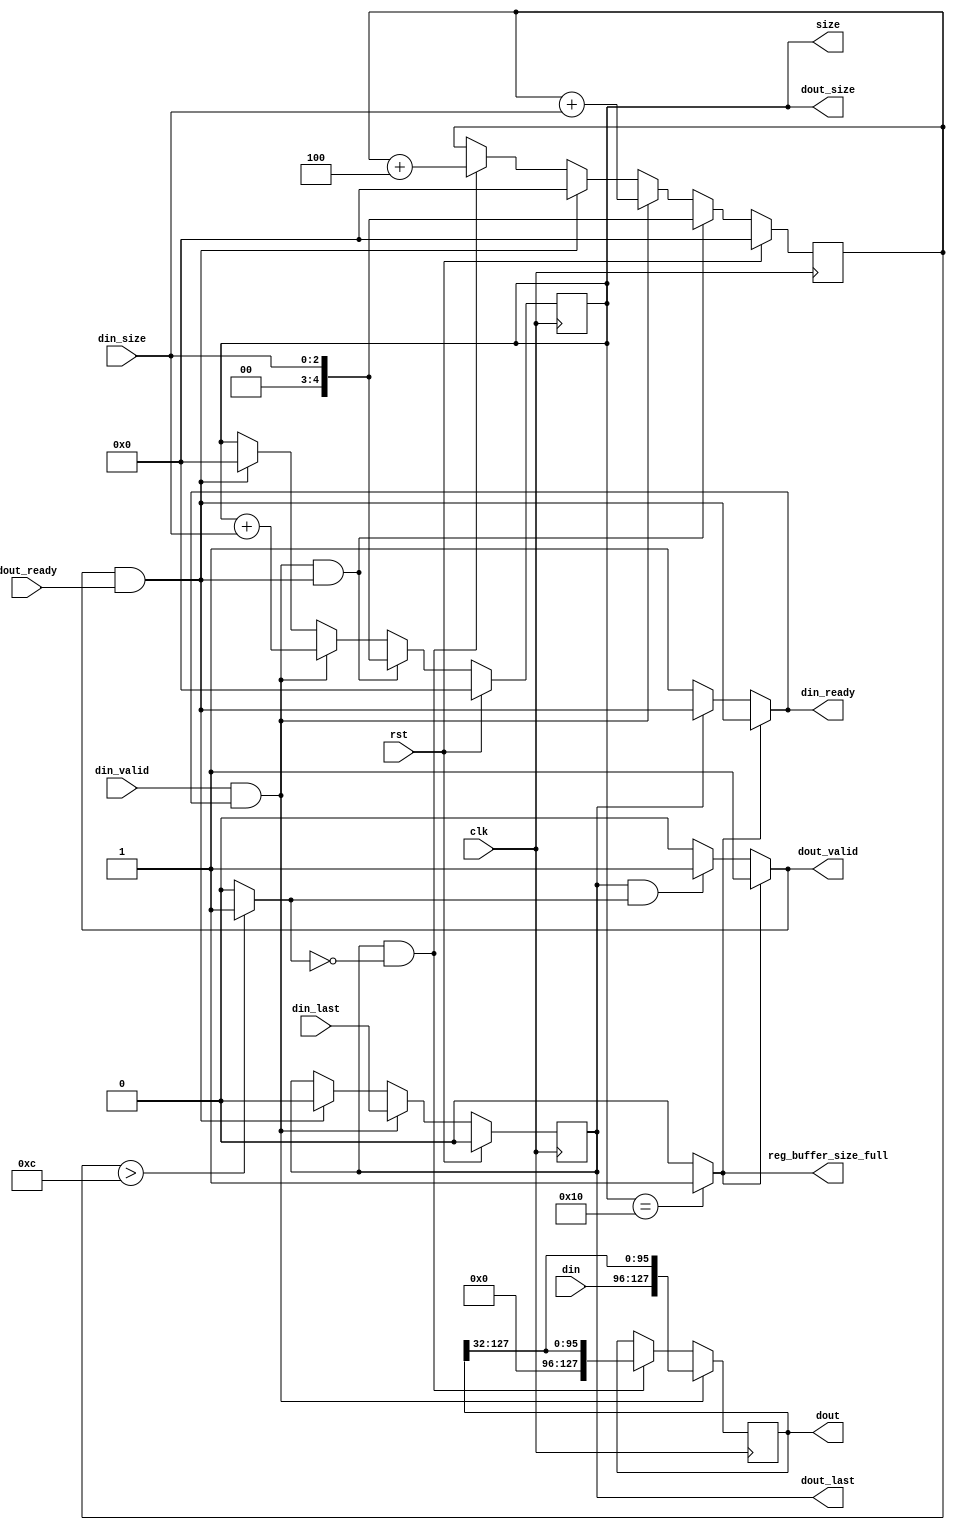
/*--------------------------------------------------------------------------------*/
/* Implementation by Pedro Maat C. Massolino,                                     */
/* hereby denoted as "the implementer".                                           */
/*                                                                                */
/* To the extent possible under law, the implementer has waived all copyright     */
/* and related or neighboring rights to the source code in this file.             */
/* http://creativecommons.org/publicdomain/zero/1.0/                              */
/*--------------------------------------------------------------------------------*/
`default_nettype    none

module gimli_stream_buffer_in
#(parameter DIN_WIDTH = 32,
parameter DIN_SIZE_WIDTH = 2,
parameter DOUT_WIDTH = 128,
parameter DOUT_SIZE_WIDTH = 4)
(
    input wire clk,
    input wire rst,
    input wire [(DIN_WIDTH-1):0] din,
    input wire [DIN_SIZE_WIDTH:0] din_size,
    input wire din_last,
    input wire din_valid,
    output wire din_ready,
    output wire [(DOUT_WIDTH-1):0] dout,
    output wire [DOUT_SIZE_WIDTH:0] dout_size,
    output wire dout_valid,
    input wire dout_ready,
    output wire dout_last,
    output wire [DOUT_SIZE_WIDTH:0] size,
    output wire reg_buffer_size_full
);

localparam DIN_WORDS_FOR_DOUT = DOUT_WIDTH/DIN_WIDTH;

wire [DOUT_SIZE_WIDTH:0] din_size_resized;
reg int_din_ready;
wire din_valid_and_ready;

reg int_dout_valid;
wire dout_valid_and_ready;

reg [(DOUT_WIDTH-1):0] reg_buffer, next_buffer;
reg [DOUT_SIZE_WIDTH:0] reg_buffer_size, next_buffer_size;
reg reg_buffer_last, next_buffer_last;
reg [DOUT_SIZE_WIDTH:0] reg_buffer_size_alignment, next_buffer_size_alignment;

reg is_reg_buffer_size_almost_full;
reg is_reg_buffer_size_full;
reg is_reg_buffer_size_empty;

assign din_size_resized = {{DOUT_SIZE_WIDTH-DIN_SIZE_WIDTH{1'b0}}, din_size};

assign din_valid_and_ready  = din_valid & int_din_ready;
assign dout_valid_and_ready = int_dout_valid & dout_ready;

always @(posedge clk) begin
    reg_buffer <= next_buffer;
    reg_buffer_size <= next_buffer_size;
    reg_buffer_last <= next_buffer_last;
    reg_buffer_size_alignment <= next_buffer_size_alignment;
end

always @(*) begin
    if((din_valid_and_ready == 1'b1)) begin
        next_buffer = {din, reg_buffer[(DOUT_WIDTH-1):DIN_WIDTH]};
    end else if((reg_buffer_last == 1'b1) && (is_reg_buffer_size_almost_full == 1'b0)) begin
        next_buffer = {{DIN_WIDTH{1'b0}}, reg_buffer[(DOUT_WIDTH-1):DIN_WIDTH]};
    end else begin
        next_buffer = reg_buffer;
    end
end

always @(*) begin
    if(reg_buffer_size == 2**DOUT_SIZE_WIDTH) begin
        is_reg_buffer_size_full = 1'b1;
    end else begin
        is_reg_buffer_size_full = 1'b0;
    end
end

always @(*) begin
    if(reg_buffer_size == 0) begin
        is_reg_buffer_size_empty = 1'b1;
    end else begin
        is_reg_buffer_size_empty = 1'b0;
    end
end

/* verilator lint_off WIDTH */

always @(*) begin
    if(reg_buffer_size_alignment > ((DIN_WORDS_FOR_DOUT-1)*(DIN_WIDTH/8))) begin
        is_reg_buffer_size_almost_full = 1'b1;
    end else begin
        is_reg_buffer_size_almost_full = 1'b0;
    end
end

/* verilator lint_on WIDTH */

always @(*) begin
    if(rst == 1'b1) begin
        next_buffer_size = 0;
    end else begin
        if((din_valid_and_ready == 1'b1) && (dout_valid_and_ready == 1'b1)) begin
            next_buffer_size = din_size_resized;
        end else if((din_valid_and_ready == 1'b1)) begin
            next_buffer_size = reg_buffer_size + din_size_resized;
        end else if(dout_valid_and_ready == 1'b1) begin
            next_buffer_size = 0;
        end else begin
            next_buffer_size = reg_buffer_size;
        end
    end
end

always @(*) begin
    if(rst == 1'b1) begin
        next_buffer_size_alignment = 0;
    end else begin
        if((din_valid_and_ready == 1'b1) && (dout_valid_and_ready == 1'b1)) begin
            next_buffer_size_alignment = din_size_resized;
        end else if((din_valid_and_ready == 1'b1)) begin
            next_buffer_size_alignment = reg_buffer_size_alignment + din_size_resized;
        end else if(dout_valid_and_ready == 1'b1) begin
            next_buffer_size_alignment = 0;
        end else if((reg_buffer_last == 1'b1) && (is_reg_buffer_size_almost_full == 1'b0)) begin
            next_buffer_size_alignment = reg_buffer_size_alignment + 2**DIN_SIZE_WIDTH;
        end else begin
            next_buffer_size_alignment = reg_buffer_size_alignment;
        end
    end
end

always @(*) begin
    if(rst == 1'b1) begin
        next_buffer_last = 1'b0;
    end else begin
        if((din_valid_and_ready == 1'b1)) begin
            next_buffer_last = din_last;
        end else if(dout_valid_and_ready == 1'b1) begin
            next_buffer_last = 1'b0;
        end else begin
            next_buffer_last = reg_buffer_last;
        end
    end
end

always @(*) begin
    if((is_reg_buffer_size_full == 1'b1)) begin
        int_dout_valid = 1'b1;
    end else if((reg_buffer_last == 1'b1) && (is_reg_buffer_size_almost_full == 1'b1)) begin
        int_dout_valid = 1'b1;
    end else begin
        int_dout_valid = 1'b0;
    end
end

always @(*) begin
    if((is_reg_buffer_size_full == 1'b1)) begin
        int_din_ready = dout_valid_and_ready;
    end else if(reg_buffer_last == 1'b1) begin
        int_din_ready = dout_valid_and_ready;
    end else begin
        int_din_ready = 1'b1;
    end
end

assign din_ready = int_din_ready;
assign dout = reg_buffer;
assign dout_size = reg_buffer_size;
assign dout_valid = int_dout_valid;
assign dout_last = reg_buffer_last;
assign size = reg_buffer_size;
assign reg_buffer_size_full = is_reg_buffer_size_full;

endmodule